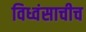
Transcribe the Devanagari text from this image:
विध्वंसाचीच